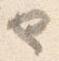
也